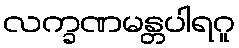
လက္ခဏမန္တပါရဂူ